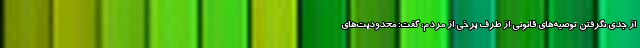
از جدی نگرفتن توصیه‌های قانونی از طرف برخی از مردم، گفت: محدودیت‌های